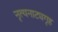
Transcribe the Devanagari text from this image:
नृत्यनाट्यगृह